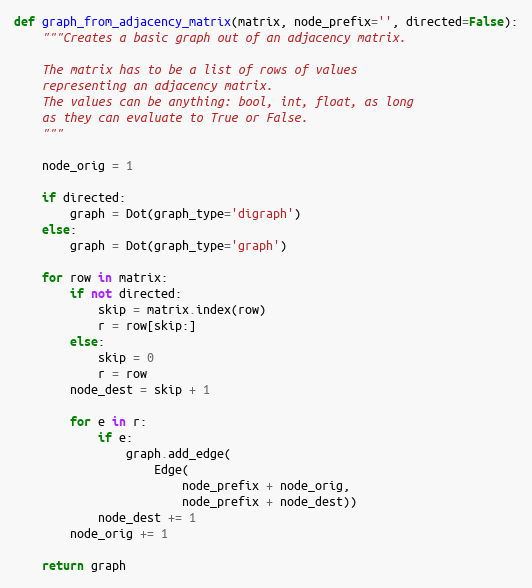
Language: Python
def graph_from_adjacency_matrix(matrix, node_prefix='', directed=False):
    """Creates a basic graph out of an adjacency matrix.

    The matrix has to be a list of rows of values
    representing an adjacency matrix.
    The values can be anything: bool, int, float, as long
    as they can evaluate to True or False.
    """

    node_orig = 1

    if directed:
        graph = Dot(graph_type='digraph')
    else:
        graph = Dot(graph_type='graph')

    for row in matrix:
        if not directed:
            skip = matrix.index(row)
            r = row[skip:]
        else:
            skip = 0
            r = row
        node_dest = skip + 1

        for e in r:
            if e:
                graph.add_edge(
                    Edge(
                        node_prefix + node_orig,
                        node_prefix + node_dest))
            node_dest += 1
        node_orig += 1

    return graph